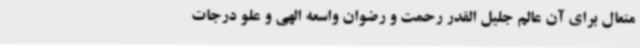
متعال برای آن عالم جلیل القدر رحمت و رضوان واسعه الهی و علو درجات